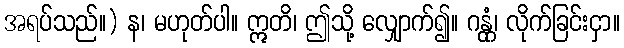
အရပ်သည်။) န၊ မဟုတ်ပါ။ ဣတိ၊ ဤသို့ လျှောက်၍။ ဂန္တုံ၊ လိုက်ခြင်းငှာ။